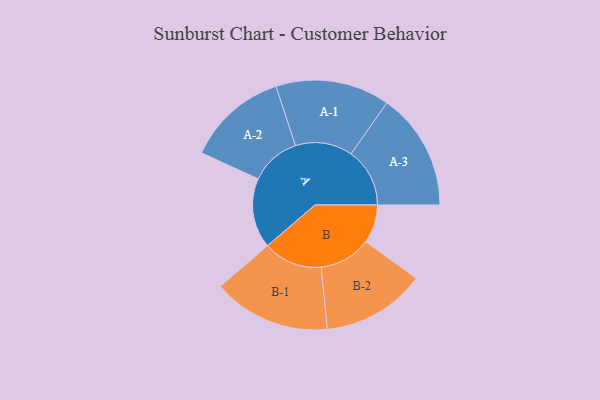
{"axis": {"x": "Segment", "y": "Value"}, "legend": ["", "A", "B"], "data": [{"x": "A", "y": 344, "type": ""}, {"x": "B", "y": 189, "type": ""}, {"x": "A-1", "y": 281, "type": "A"}, {"x": "A-2", "y": 248, "type": "A"}, {"x": "A-3", "y": 289, "type": "A"}, {"x": "B-1", "y": 290, "type": "B"}, {"x": "B-2", "y": 255, "type": "B"}]}